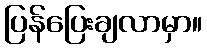
ပြန်ပြေးချလာမှာ။